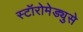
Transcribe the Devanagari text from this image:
स्टॉरोमेड्युसे